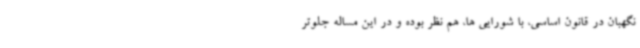
نگهبان در قانون اساسی، با شورایی ها، هم نظر بوده و در این مساله جلوتر